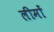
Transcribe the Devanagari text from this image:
लीमों